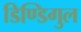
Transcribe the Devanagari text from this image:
डिण्डिगुल